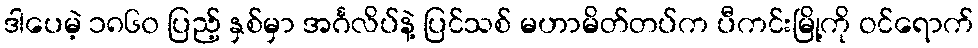
ဒါပေမဲ့ ၁၈၆၀ ပြည့် နှစ်မှာ အင်္ဂလိပ်နဲ့ ပြင်သစ် မဟာမိတ်တပ်က ပီကင်းမြို့ကို ဝင်ရောက်